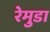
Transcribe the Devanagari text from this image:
रेमुडा